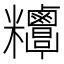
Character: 𥾁